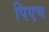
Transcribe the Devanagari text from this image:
पिएच